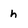
Character: h